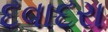
દવાદરા